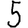
Digit: 5